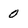
Character: 0